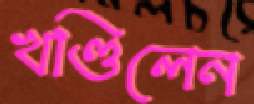
খণ্ডিলেন